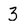
Character: 3